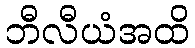
ဘီလီယံအထိ